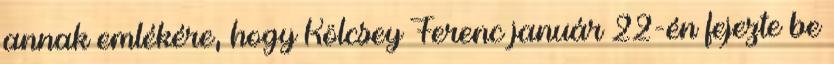
annak emlékére, hogy Kölcsey Ferenc január 22-én fejezte be